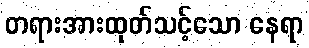
တရားအားထုတ်သင့်သော နေရာ